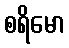
စရိမော